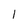
Character: I